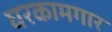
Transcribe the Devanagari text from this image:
घरकामगार